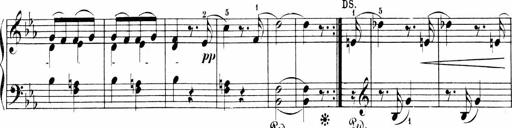
Title: 6 Sonatinas
Composer: Carl Reinecke